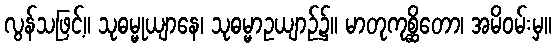
လွန်သဖြင့်။ သုဓမ္မုယျာနေ၊ သုဓမ္မာဥယျာဉ်၌။ မာတုကုစ္ဆိတော၊ အမိဝမ်းမှ။